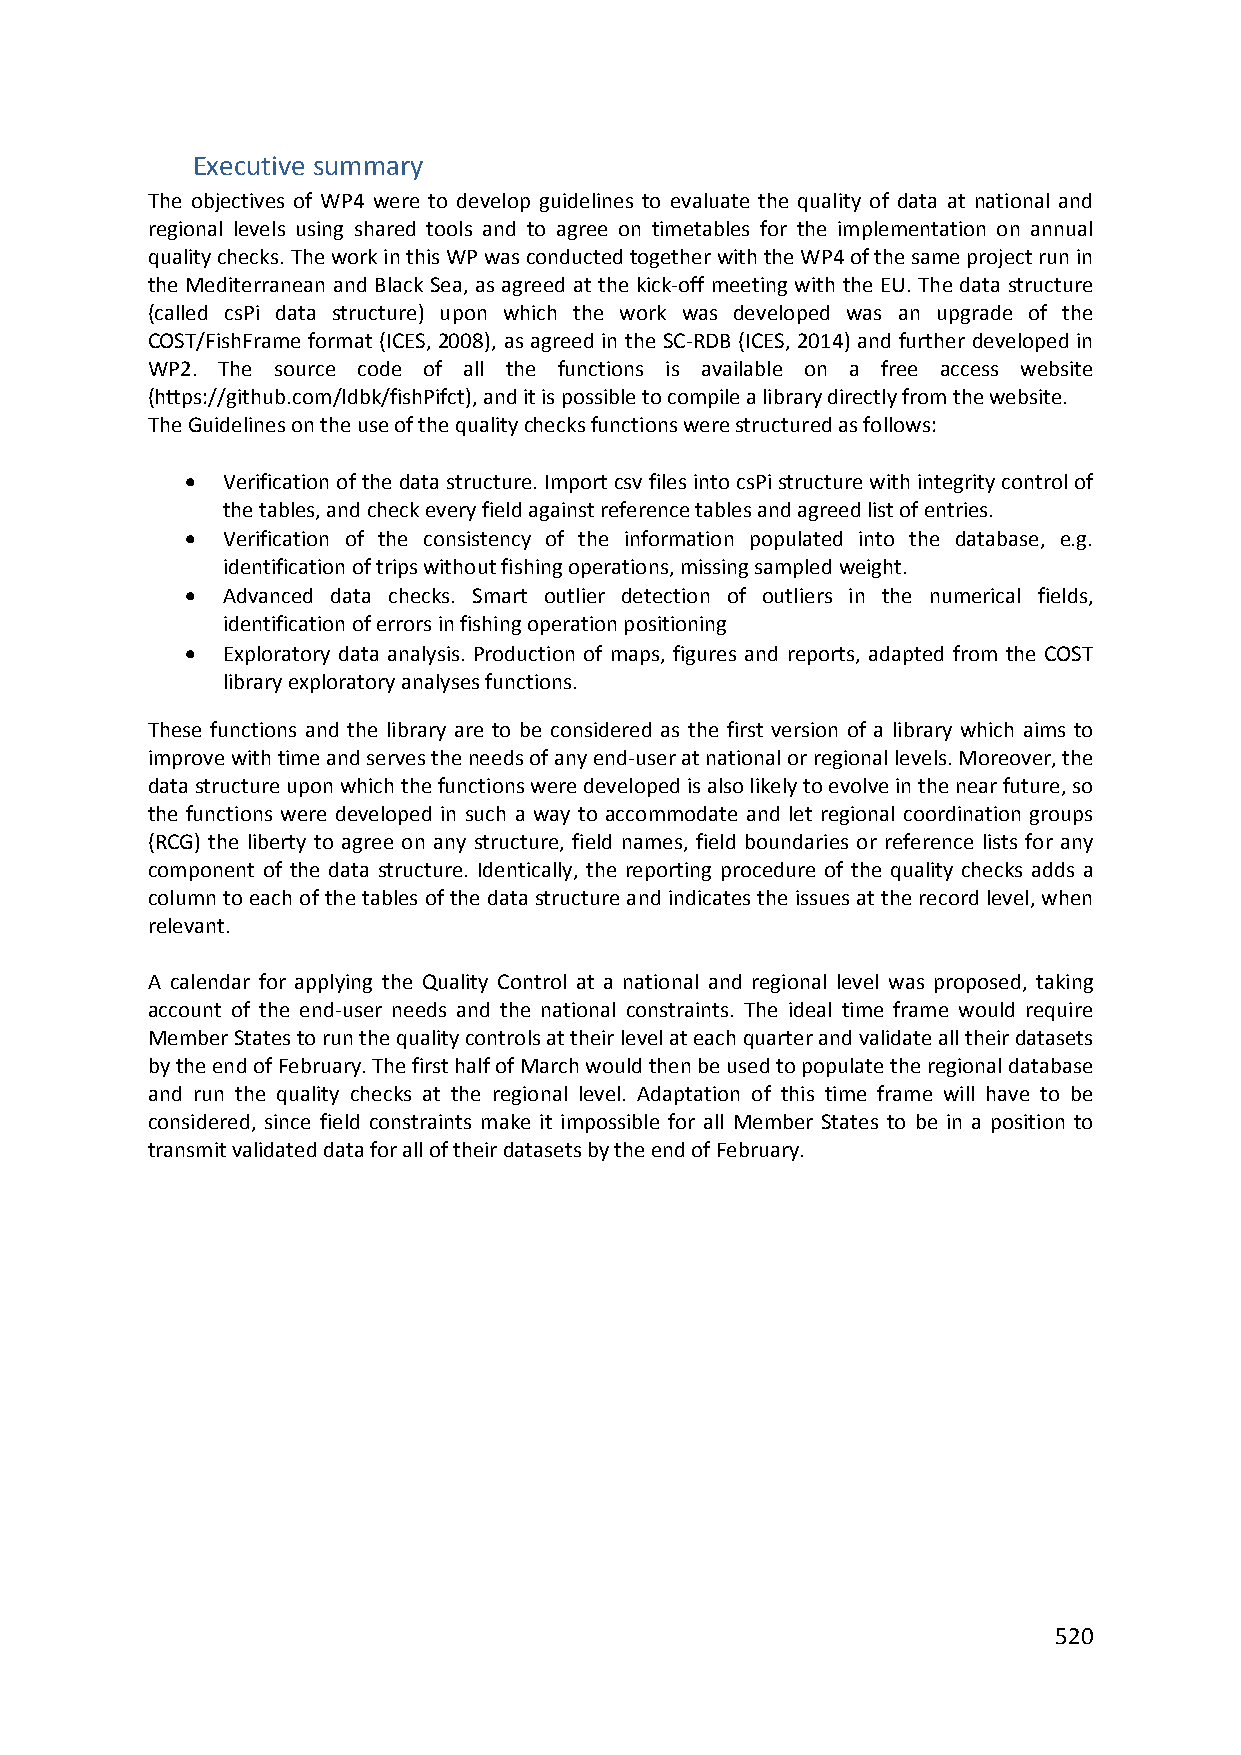
Executive summary
 The objectives of WP4 were to develop guidelines to evaluate the quality of data at national and
 regional levels using shared tools and to agree on timetables for the implementation on annual
 quality checks. The work in this WP was conducted together with the WP4 of the same project run in
 the Mediterranean and Black Sea, as agreed at the kick‐off meeting with the EU. The data structure
 (called csPi data structure) upon which the work was developed was an upgrade of the
 COST/FishFrame format (ICES, 2008), as agreed in the SC‐RDB (ICES, 2014) and further developed in
 WP2. The source code of all the functions is available on a free access website
 (https://github.com/ldbk/fishPifct), and it is possible to compile a library directly from the website.
 The Guidelines on the use of the quality checks functions were structured as follows:
   Verification of the data structure. Import csv files into csPi structure with integrity control of
 the tables, and check every field against reference tables and agreed list of entries.
   Verification of the consistency of the information populated into the database, e.g.
 identification of trips without fishing operations, missing sampled weight.
   Advanced data checks. Smart outlier detection of outliers in the numerical fields,
 identification of errors in fishing operation positioning
   Exploratory data analysis. Production of maps, figures and reports, adapted from the COST
 library exploratory analyses functions.
 These functions and the library are to be considered as the first version of a library which aims to
 improve with time and serves the needs of any end‐user at national or regional levels. Moreover, the
 data structure upon which the functions were developed is also likely to evolve in the near future, so
 the functions were developed in such a way to accommodate and let regional coordination groups
 (RCG) the liberty to agree on any structure, field names, field boundaries or reference lists for any
 component of the data structure. Identically, the reporting procedure of the quality checks adds a
 column to each of the tables of the data structure and indicates the issues at the record level, when
 relevant.
 A calendar for applying the Quality Control at a national and regional level was proposed, taking
 account of the end‐user needs and the national constraints. The ideal time frame would require
 Member States to run the quality controls at their level at each quarter and validate all their datasets
 by the end of February. The first half of March would then be used to populate the regional database
 and run the quality checks at the regional level. Adaptation of this time frame will have to be
 considered, since field constraints make it impossible for all Member States to be in a position to
 transmit validated data for all of their datasets by the end of February.
 520